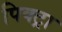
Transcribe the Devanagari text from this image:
पिक्ट्रा